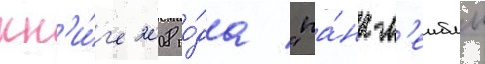
кн'и́г'е 2008 го́да "па́нк-л'еиблы